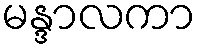
မန္ဒာလကာ